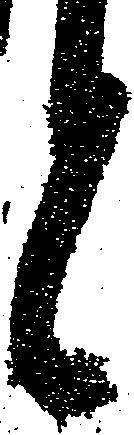
と